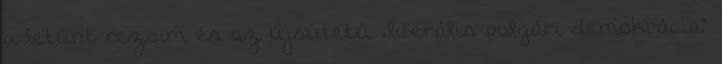
a letűnt rezsim és az újsütetű „liberális polgári demokrácia”